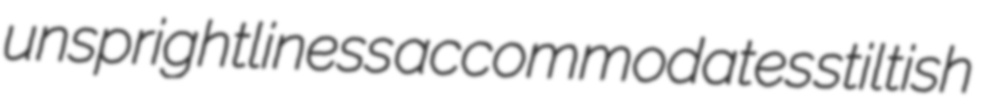
unsprightliness accommodates stiltish